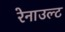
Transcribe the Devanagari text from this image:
रेनाउल्ट